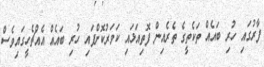
ފާރުގައި ހުރި ބައެއް ތަކެތީގެ ތެރެއިން ފޮތިއަޅައި ކަވަރުކޮށްފައި ހުރި ބައެއް އެއްޗެހީގައިވެސް